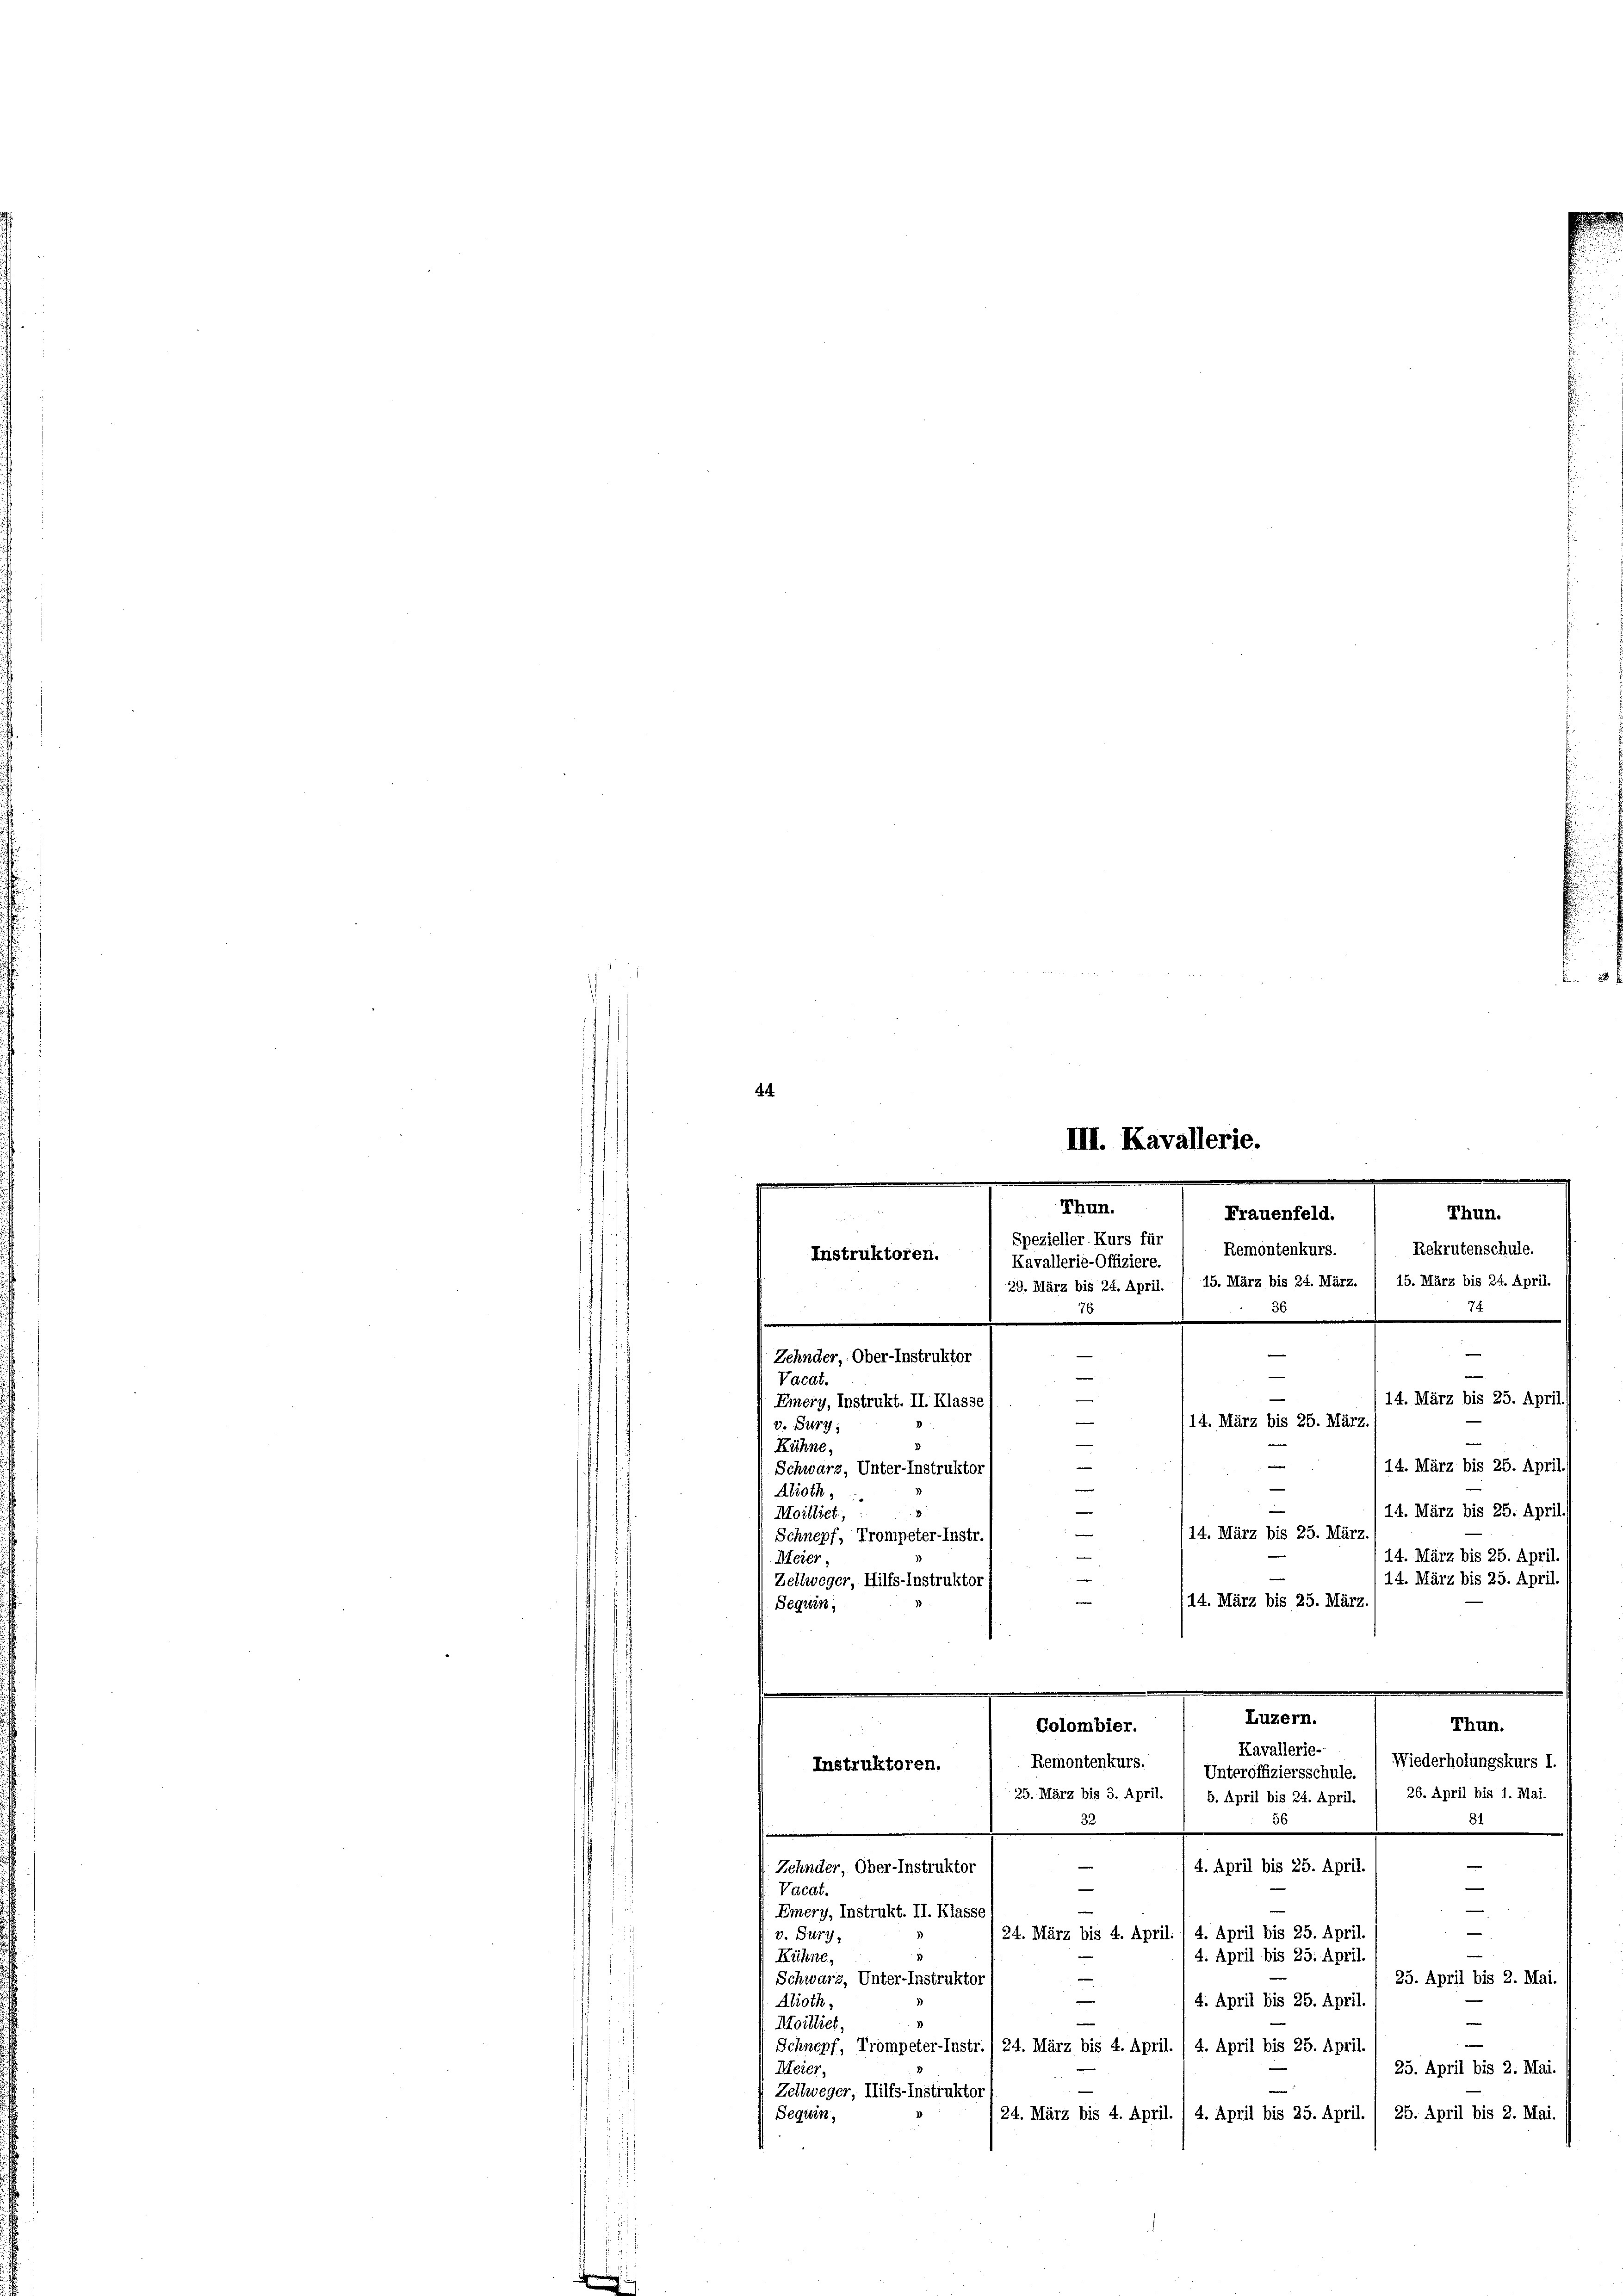
44

76
30
e
e
—
Zehnder, Ober-Instruktor

e
Vacat.
14. März bis 25. April.
Emery, Instrukt. II. Klasse
14. März bis 25. März.
e
v. Sury,
Kühne,
e
14. März bis 25. April
 Schwarz, Unter-Instruktor
2
e
Alroth,
i
14. März bis 25. April.
Moilliet,
14. März bis 25. März.
Schnepf, Trompeter-Instr.
14. März bis 25. April.
Meier,
14. März bis 25. April.
Zellweger, Hilfs-Instruktor
14. März bis 25. März.
Luzern.
Thun.
Colombier.
Kavallerie-
Remontenkurs.
Wiederholungskurs I.
Instruktoren.
Unteroffiziersschule.
25. März bis 3. April. / 5. April bis 24. April. / 26. April bis 1. Mai.
32
d
e
e
Zehnder, Ober-Instruktor
4. April bis 25. April.

e
Vacat.
.
|
Emery, Instrukt. II. Klasse
—
24. März bis 4. April. 1 4. April bis 25. April.
v. Sury,
e
Kühne,
4. April bis 25. April.
25. April bis 2. Mai.
Schwarz, Unter-Instruktor
e
4. April bis 25. April.
Alioth
e
Moilliet
e
Schnepf, Trompeter-Instr./ 24. März bis 4. April. / 4. April bis 25. April.
Meier,
25. April bis 2. Mai.
Zellweger, Hilfs-Instruktor
Beguin,
24. März bis 4. April. 1 4. April bis 25. April. / 25. April bis 2. Mai.

III. Kavallerie.
.
e
e
Thun.
Frauenfeld.
Thun.
Spezieller Kurs für
Rekrutenschule.
Remontenkurs.
Instruktoren.
Kavallerie-Offiziere.
29. März bis 24. April. / 15. März bis 24. März. / 15. März bis 24. April.

Seguin,